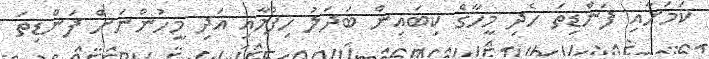
ކަމަށާއި ފަންޑިތަ ހެދި މީހާގެ ކިބައިން ބަދަލު ހިފުމާއި އަދި މީހުންނަށް ފަންޑިތަ